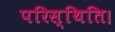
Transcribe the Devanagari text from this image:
परिस्थिति।